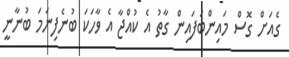
ގެއަށް ގޮސް މައިންބަފައިން ގާތު އެ ކުއްޖާ އެ ވާހަކަ ބުނެފިނަމަ ބުނާނީ